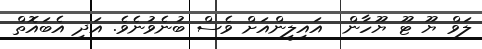
ލަވް ޔޫ ޓޫ ޔޫހާން  އައިލީންއަށް ވެސް ބުނެވުނެވެ. އަދި އެބައޮތް